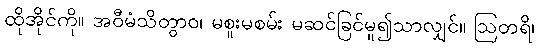
ထိုအိုင်ကို။ အဝီမံသိတွာဝ၊ မစူးမစမ်း မဆင်ခြင်မူ၍သာလျှင်။ ဩတရိ၊